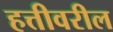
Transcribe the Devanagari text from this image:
हत्तीवरील